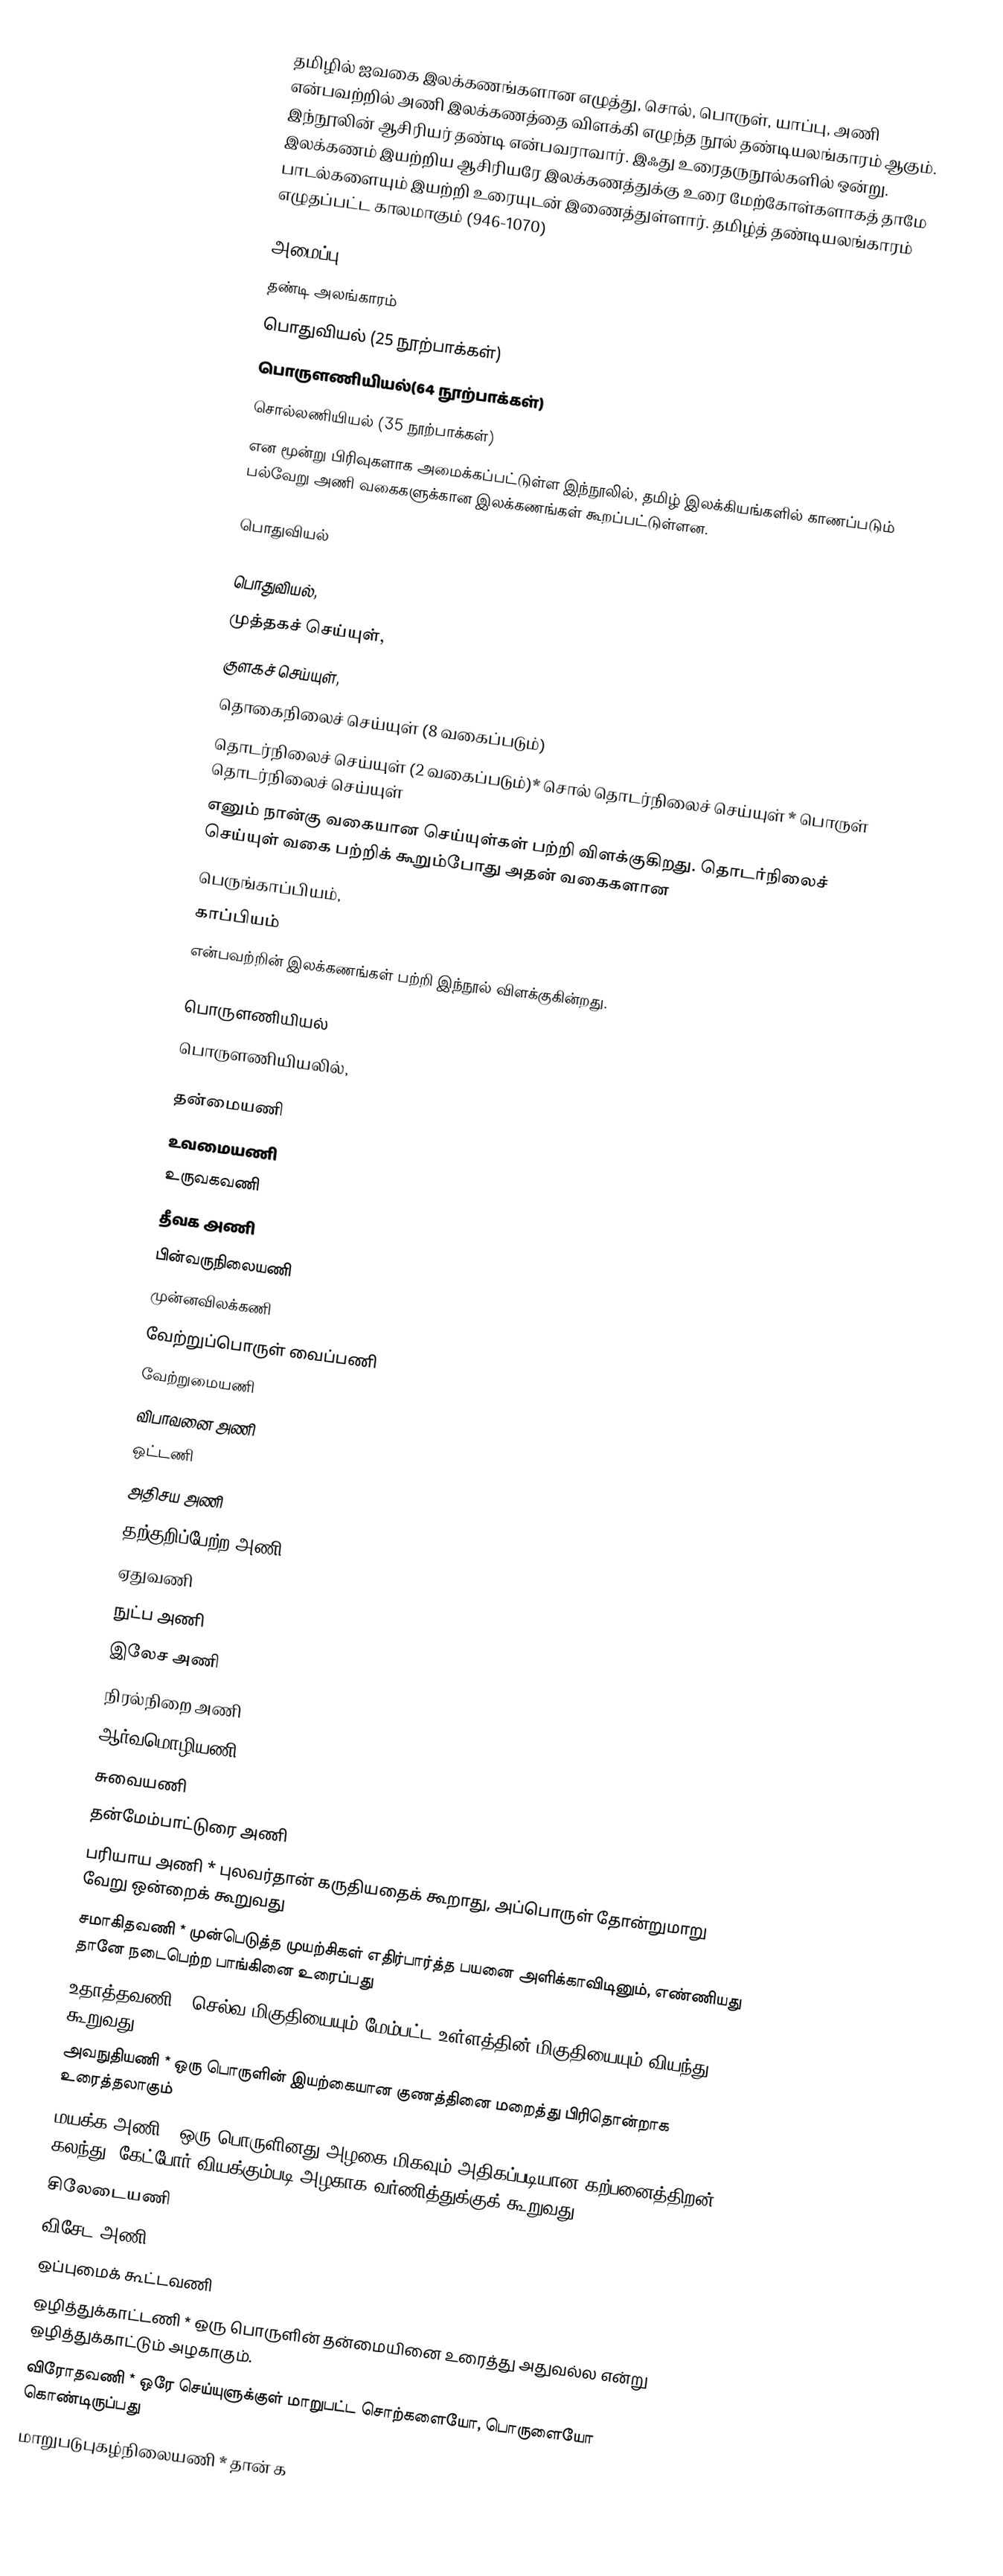
தமிழில் ஐவகை இலக்கணங்களான எழுத்து, சொல், பொருள், யாப்பு, அணி என்பவற்றில் அணி இலக்கணத்தை விளக்கி எழுந்த நூல் தண்டியலங்காரம் ஆகும்.  இந்நூலின் ஆசிரியர் தண்டி என்பவராவார். இஃது உரைதருநூல்களில் ஒன்று. இலக்கணம் இயற்றிய ஆசிரியரே இலக்கணத்துக்கு உரை மேற்கோள்களாகத் தாமே பாடல்களையும் இயற்றி உரையுடன் இணைத்துள்ளார். தமிழ்த் தண்டியலங்காரம் எழுதப்பட்ட காலமாகும் (946-1070)

அமைப்பு
தண்டி அலங்காரம்
 பொதுவியல் (25 நூற்பாக்கள்)
 பொருளணியியல்(64 நூற்பாக்கள்)
 சொல்லணியியல் (35 நூற்பாக்கள்)
என மூன்று பிரிவுகளாக அமைக்கப்பட்டுள்ள இந்நூலில், தமிழ் இலக்கியங்களில் காணப்படும் பல்வேறு அணி வகைகளுக்கான இலக்கணங்கள் கூறப்பட்டுள்ளன.

பொதுவியல்

பொதுவியல்,
 முத்தகச் செய்யுள்,
 குளகச் செய்யுள்,
 தொகைநிலைச் செய்யுள் (8 வகைப்படும்)
 தொடர்நிலைச் செய்யுள் (2 வகைப்படும்)* சொல் தொடர்நிலைச் செய்யுள் * பொருள் தொடர்நிலைச் செய்யுள்
எனும் நான்கு வகையான செய்யுள்கள் பற்றி விளக்குகிறது. தொடர்நிலைச் செய்யுள் வகை பற்றிக் கூறும்போது அதன் வகைகளான
பெருங்காப்பியம்,
காப்பியம்
என்பவற்றின் இலக்கணங்கள் பற்றி இந்நூல் விளக்குகின்றது.

பொருளணியியல்
பொருளணியியலில்,

 தன்மையணி
 உவமையணி
 உருவகவணி
 தீவக அணி
 பின்வருநிலையணி
 முன்னவிலக்கணி
 வேற்றுப்பொருள் வைப்பணி
 வேற்றுமையணி
 விபாவனை அணி
 ஒட்டணி
 அதிசய அணி
 தற்குறிப்பேற்ற அணி
 ஏதுவணி
 நுட்ப அணி
 இலேச அணி
 நிரல்நிறை அணி
 ஆர்வமொழியணி
 சுவையணி
 தன்மேம்பாட்டுரை அணி
 பரியாய அணி * புலவர்தான் கருதியதைக் கூறாது, அப்பொருள் தோன்றுமாறு வேறு ஒன்றைக் கூறுவது
 சமாகிதவணி * முன்பெடுத்த முயற்சிகள் எதிர்பார்த்த பயனை அளிக்காவிடினும், எண்ணியது தானே நடைபெற்ற பாங்கினை உரைப்பது
 உதாத்தவணி * செல்வ மிகுதியையும் மேம்பட்ட உள்ளத்தின் மிகுதியையும் வியந்து கூறுவது
 அவநுதியணி * ஒரு பொருளின் இயற்கையான குணத்தினை மறைத்து பிரிதொன்றாக உரைத்தலாகும்
 மயக்க அணி * ஒரு பொருளினது அழகை மிகவும் அதிகப்படியான கற்பனைத்திறன் கலந்து, கேட்போர் வியக்கும்படி அழகாக வர்ணித்துக்குக் கூறுவது
 சிலேடையணி
 விசேட அணி
 ஒப்புமைக் கூட்டவணி
 ஒழித்துக்காட்டணி * ஒரு பொருளின் தன்மையினை உரைத்து அதுவல்ல என்று ஒழித்துக்காட்டும் அழகாகும்.
 விரோதவணி * ஒரே செய்யுளுக்குள் மாறுபட்ட சொற்களையோ, பொருளையோ கொண்டிருப்பது
 மாறுபடுபுகழ்நிலையணி * தான் க